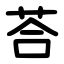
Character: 荅